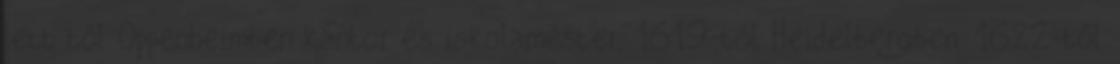
lett től Oppenheimben kántor és iskolamester, 1619-től Heidelbergben, 1622-től